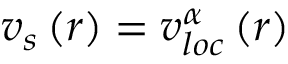
v _ { s } \left( r \right) = v _ { l o c } ^ { \alpha } \left( r \right)